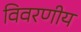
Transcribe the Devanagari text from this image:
विवरणीय